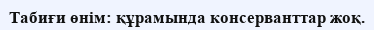
Табиғи өнім: құрамында консерванттар жоқ.